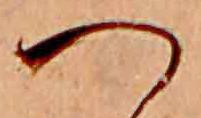
へ